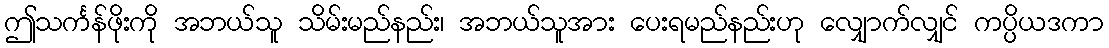
ဤသင်္ကန်ဖိုးကို အဘယ်သူ သိမ်းမည်နည်း၊ အဘယ်သူအား ပေးရမည်နည်းဟု လျှောက်လျှင် ကပ္ပိယဒကာ